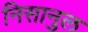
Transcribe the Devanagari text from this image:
निसानुल